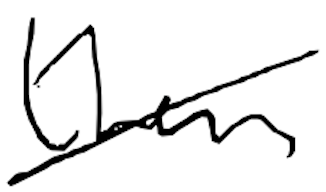
Text: than
Cross-out: diagonal
Writing tool: digital_black